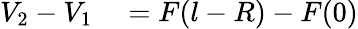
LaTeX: \begin{array}{rl}{V_{2}-V_{1}}&{{}=F(l-R)-F(0)}\end{array}